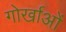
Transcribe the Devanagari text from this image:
गोर्खाओं